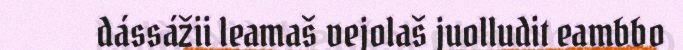
dássážii leamaš vejolaš juolludit eambbo